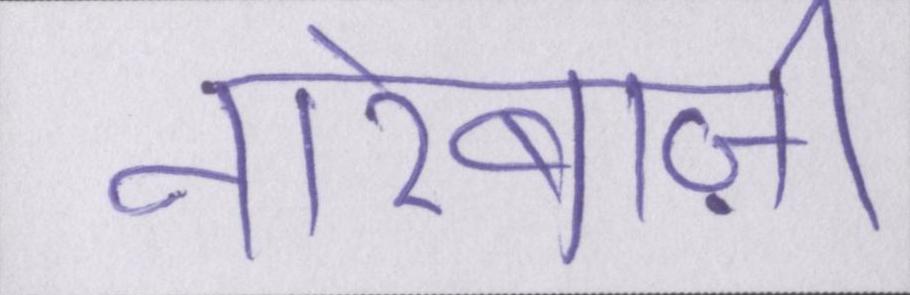
नारेबाज़ी